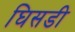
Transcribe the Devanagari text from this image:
घिसडी